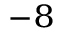
^ { - 8 }